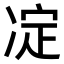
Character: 𠗞